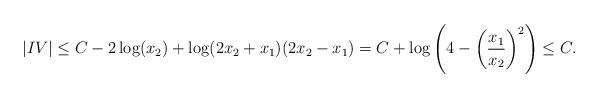
LaTeX: \begin{align*}|IV| \le C -2\log(x_2)+\log(2x_2+x_1)(2x_2-x_1) =C +\log\left(4-\left(\frac{x_1}{x_2}\right)^2\right) \le C.\end{align*}